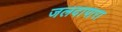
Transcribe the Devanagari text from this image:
जलदापारा